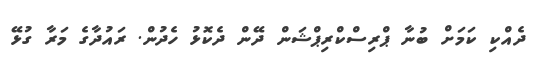
ދެއްކި ކަމަށް ބުނާ ޕްރިސްކްރިޕްޝަން ދޭން ދެކޮޅު ހެދުން. ރައުދާގެ މަރާ ގުޅޭ